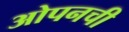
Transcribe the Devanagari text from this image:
ओपनची